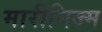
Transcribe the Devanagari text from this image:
मारीनिज्म